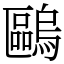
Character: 𠥹